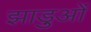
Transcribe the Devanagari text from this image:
झाड़ुओं